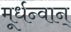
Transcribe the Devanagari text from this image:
मूर्धन्वान्‌